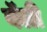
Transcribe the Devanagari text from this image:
वॅली